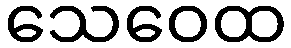
သေဝေထ